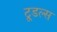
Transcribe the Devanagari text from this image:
टू्डल्स